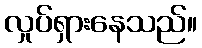
လှုပ်ရှားနေသည်။